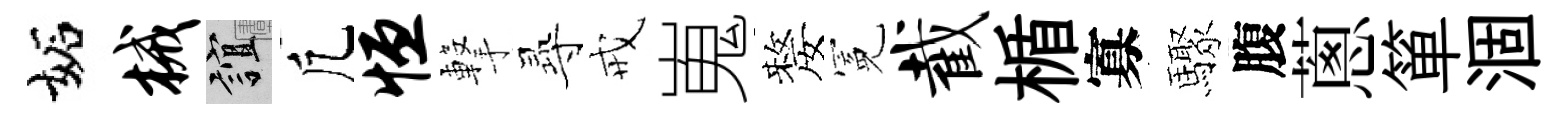
妬械誼凢恒撃𡬶戒嵬嫠冕截楯寡驟腹蔥箪涸